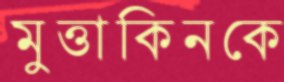
মুত্তাকিনকে